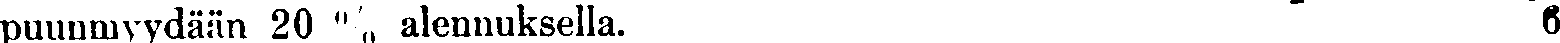
puunmyydään 20 % alennuksella. 6